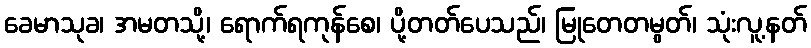
ခေမာသုခ၊ အမတသို့၊ ရောက်ရကုန်စေ၊ ပို့တတ်ပေသည်၊ မြုတေတမွတ်၊ သုံးလူ့နတ်